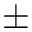
\pm